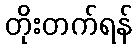
တိုးတက်ရန်